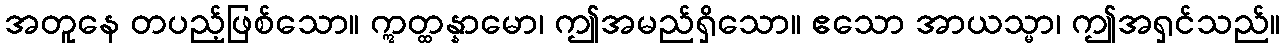
အတူနေ တပည့်ဖြစ်သော။ ဣတ္ထန္နာမော၊ ဤအမည်ရှိသော။ ဧသော အာယသ္မာ၊ ဤအရှင်သည်။